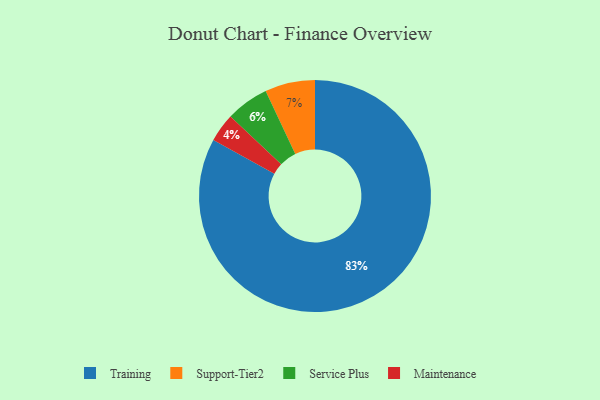
{"axis": {"x": "Category", "y": "Percentage"}, "legend": ["Maintenance", "Service Plus", "Support-Tier2", "Training"], "data": [{"x": "Maintenance", "y": 4, "type": "Maintenance"}, {"x": "Service Plus", "y": 6, "type": "Service Plus"}, {"x": "Training", "y": 83, "type": "Training"}, {"x": "Support-Tier2", "y": 7, "type": "Support-Tier2"}]}